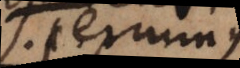
f terminus